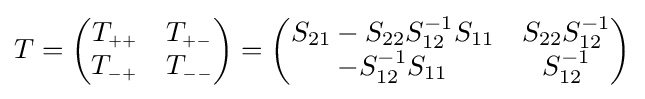
T={\begin{pmatrix}T_{\scriptscriptstyle ++}&T_{\scriptscriptstyle +-}\\T_{\scriptscriptstyle -+}&T_{\scriptscriptstyle --}\end{pmatrix}}={\begin{pmatrix}S_{21}-S_{22}S_{12}^{-1}S_{11}&S_{22}S_{12}^{-1}\\-S_{12}^{-1}S_{11}&S_{12}^{-1}\end{pmatrix}}